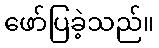
ဖော်ပြခဲ့သည်။